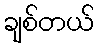
ချစ်တယ်